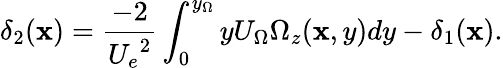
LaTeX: \delta_{2}(\mathbf{x})=\frac{{-2}}{{{U_{e}}^{2}}}\int_{0}^{y_{\Omega}}yU_{\Omega}\Omega_{z}(\mathbf{x},y)dy-\delta_{1}(\mathbf{x}).